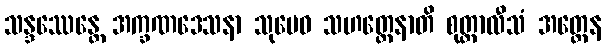
သန္ဒဿေန္တေ အက္ခဏဒေသနာ သုမေဓ သဟတ္ထေနာတိ စုတ္တာလီသံ အတ္တေန